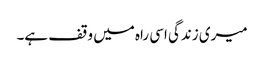
میری زندگی اسی راہ میں وقف ہے۔